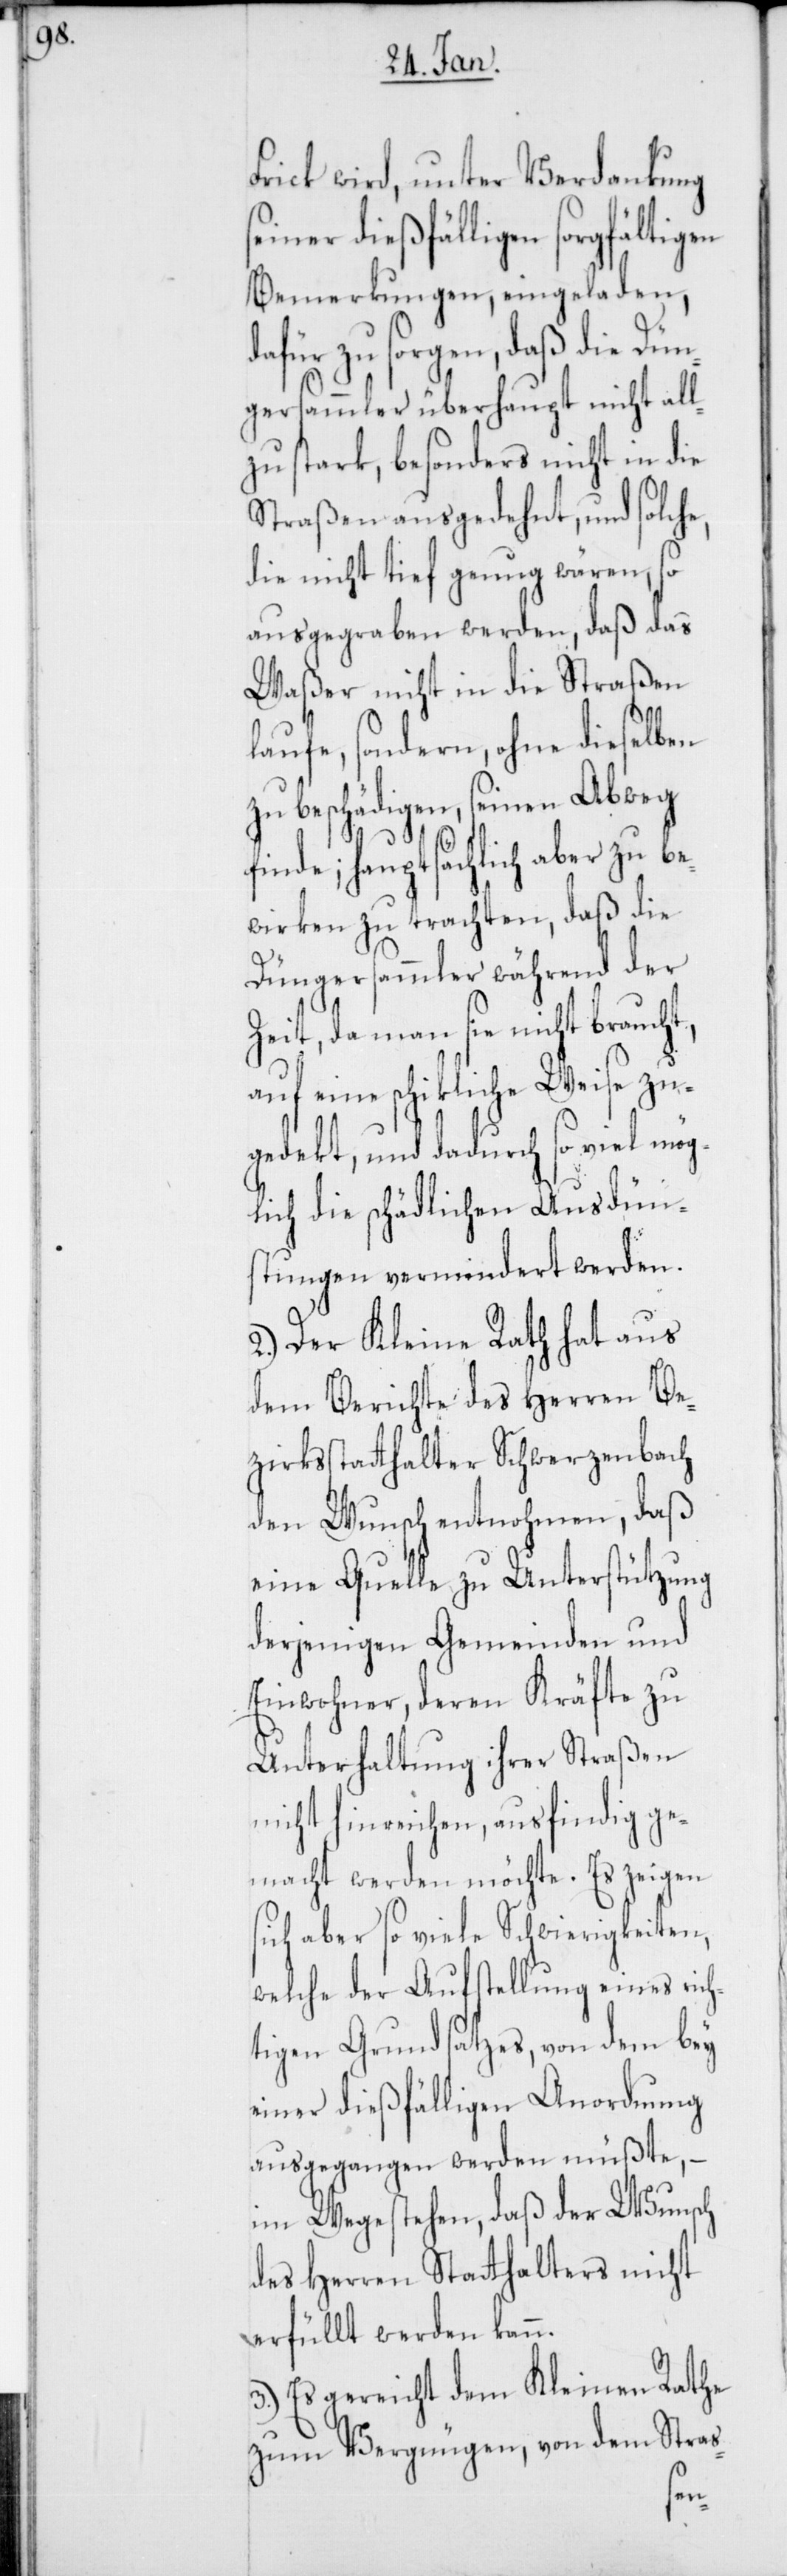
Frick wird, unter Verdankung
seiner dießfälligen sorgfältigen
Bemerkungen, eingeladen,
dafür zu sorgen, daß die Dün¬
gersammler überhaupt nicht all¬
zustark, besonders nicht in die
Straßen ausgedehnt, und solche,
die nicht tief genug wären, so
ausgegraben werden, daß das
Waßer nicht in die Straßen
laufe, sondern, ohne dieselben
zu beschädigen, seinen Abweg
finde; hauptsächlich aber zu be¬
wirken zu trachten, daß die
Düngersammler während der
Zeit, da man sie nicht braucht,
auf eine schikliche Weise zu¬
gedekt, und dadurch so viel mög¬
lich die schädlichen Ausdün¬
stungen vermindert werden.
2.) Der Kleine Rath hat aus
dem Berichte des Herren Be¬
zirksstatthalter Schwerzenbach
den Wunsch entnohmen, daß
eine Quelle zu Unterstützung
derjenigen Gemeinden und
Einwohner, deren Kräfte zu
Unterhaltung ihrer Straßen
nicht hinreichen, ausfindig ge¬
macht werden möchte. Es zeigen
sich aber so viele Schwierigkeiten,
welche der Aufstellung eines rich¬
tigen Grundsatzes, von dem bey
einer dießfälligen Anordnung
ausgegangen werden müßte, –
im Wege stehen, daß der Wunsch
des Herren Statthalters nicht
erfüllt werden kann.
3.) Es gereicht dem Kleinen Rathe
zum Vergnügen, von dem Stras-